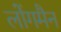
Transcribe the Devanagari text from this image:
लोंगमैन